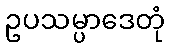
ဥပသမ္ပာဒေတုံ